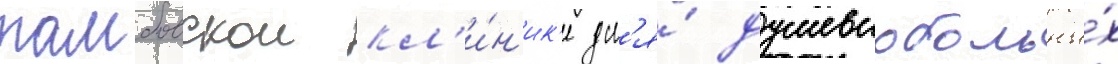
тамбовскои кл'и́н'ик'е дл'я́ душевнобольны́х